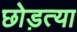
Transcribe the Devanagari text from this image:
छोड़त्या